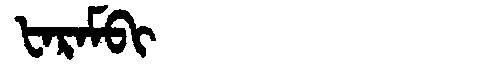
Manchu: ᡶᠠᡵᠠᠮᠪᡳ
Romanization: FARAMBI